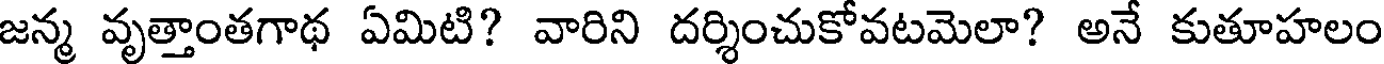
జన్మ వృత్తాంతగాథ ఏమిటి? వారిని దర్శించుకోవటమెలా? అనే కుతూహలం